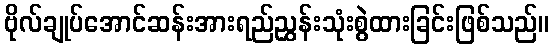
ဗိုလ်ချုပ်အောင်ဆန်းအားရည်ညွှန်းသုံးစွဲထားခြင်းဖြစ်သည်။